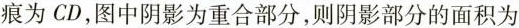
痕为CD，图中阴影为重合部分，则阴影部分的面积为